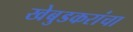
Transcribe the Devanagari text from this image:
खेबुडकरांचा